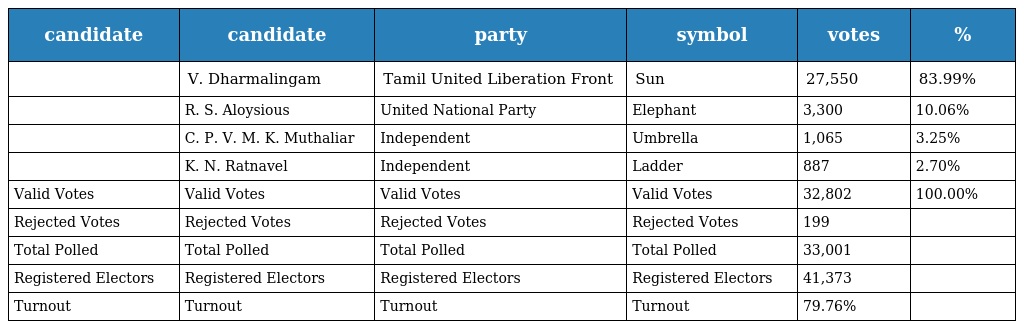
| candidate | candidate | party | symbol | votes | % |
 | --- | --- | --- | --- | --- | --- |
 |  | V. Dharmalingam | Tamil United Liberation Front | Sun | 27,550 | 83.99% |
 |  | R. S. Aloysious | United National Party | Elephant | 3,300 | 10.06% |
 |  | C. P. V. M. K. Muthaliar | Independent | Umbrella | 1,065 | 3.25% |
 |  | K. N. Ratnavel | Independent | Ladder | 887 | 2.70% |
 | Valid Votes | Valid Votes | Valid Votes | Valid Votes | 32,802 | 100.00% |
 | Rejected Votes | Rejected Votes | Rejected Votes | Rejected Votes | 199 |  |
 | Total Polled | Total Polled | Total Polled | Total Polled | 33,001 |  |
 | Registered Electors | Registered Electors | Registered Electors | Registered Electors | 41,373 |  |
 | Turnout | Turnout | Turnout | Turnout | 79.76% |  |